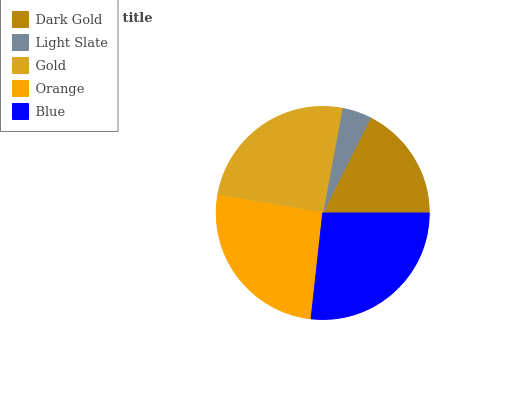
| Dark Gold | Light Slate | Gold | Orange | Blue |
 | --- | --- | --- | --- | --- |
 | 17.6% | 4.48% | 25.3% | 25.9% | 26.7% |